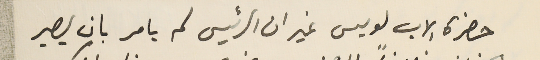
حضرة الاب لويس غير ان الرئيس لم يامر بان يصير